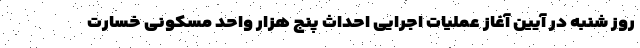
روز شنبه در آیین آغاز عملیات اجرایی احداث پنج هزار واحد مسکونی خسارت